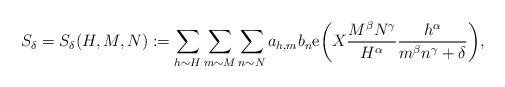
LaTeX: \begin{align*}S_{\delta}= S_{\delta}(H, M, N):= \sum_{h\sim H} \sum_{m\sim M} \sum_{n\sim N} a_{h, m} b_n{\rm e}\bigg(X\frac{M^{\beta}N^{\gamma}}{H^{\alpha}} \frac{h^{\alpha}}{m^{\beta}n^{\gamma}+\delta}\bigg),\end{align*}